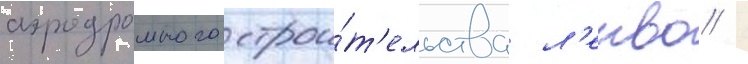
аэродромного строи́т'ельства л'енво /